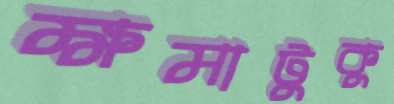
ক্ষমাটুকু